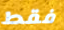
فقط